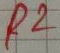
Text: R2